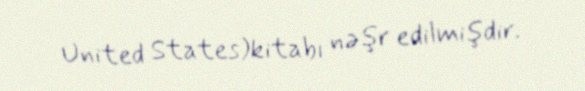
United States)kitabı nəşr edilmişdir.